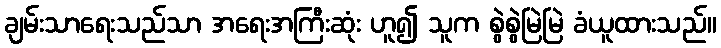
ချမ်းသာရေးသည်သာ အရေးအကြီးဆုံး ဟူ၍ သူက စွဲစွဲမြဲမြဲ ခံယူထားသည်။